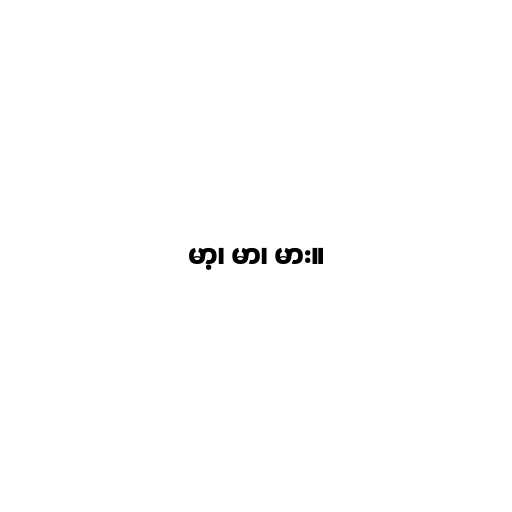
မာ့၊ မာ၊ မား။